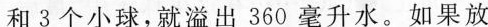
和3个小球，就溢出360毫升水。如果放